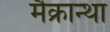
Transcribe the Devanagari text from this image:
मैक्रान्था